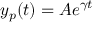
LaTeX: y _ { p } ( t ) = A e ^ { \gamma t }